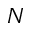
N